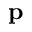
\mathbf { p }